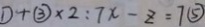
\textcircled { 1 } + \textcircled { 3 } \times 2 : 7 x - z = 7 \textcircled { 5 }